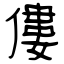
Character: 僂